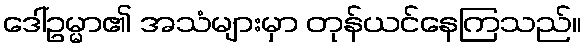
ဒေါ်ဥမ္မာ၏ အသံများမှာ တုန်ယင်နေကြသည်။